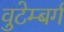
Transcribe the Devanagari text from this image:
वुटेम्बर्ग